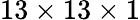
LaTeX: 13\times 13\times 1